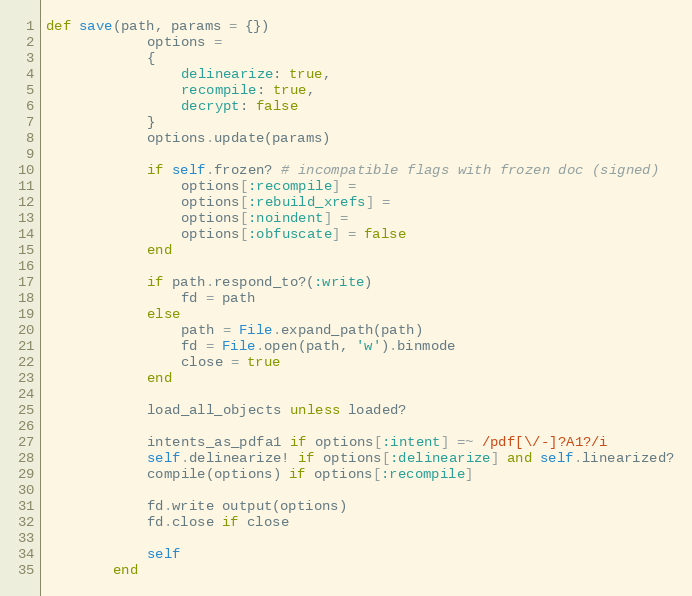
Language: Ruby
def save(path, params = {})
            options =
            {
                delinearize: true,
                recompile: true,
                decrypt: false
            }
            options.update(params)

            if self.frozen? # incompatible flags with frozen doc (signed)
                options[:recompile] =
                options[:rebuild_xrefs] =
                options[:noindent] =
                options[:obfuscate] = false
            end

            if path.respond_to?(:write)
                fd = path
            else
                path = File.expand_path(path)
                fd = File.open(path, 'w').binmode
                close = true
            end

            load_all_objects unless loaded?

            intents_as_pdfa1 if options[:intent] =~ /pdf[\/-]?A1?/i
            self.delinearize! if options[:delinearize] and self.linearized?
            compile(options) if options[:recompile]

            fd.write output(options)
            fd.close if close

            self
        end